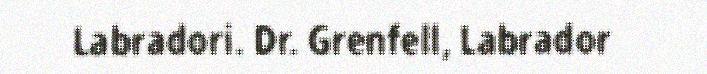
Labradori. Dr. Grenfell, Labrador